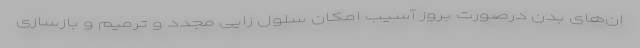
ان‌های بدن درصورت بروز آسیب امکان سلول زایی مجدد و ترمیم و بازسازی